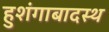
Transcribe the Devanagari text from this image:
हुशंगाबादस्थ